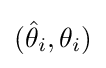
({\hat {\theta }}_{i},\theta _{i})